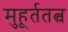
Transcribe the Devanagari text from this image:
मुहूर्ततत्व